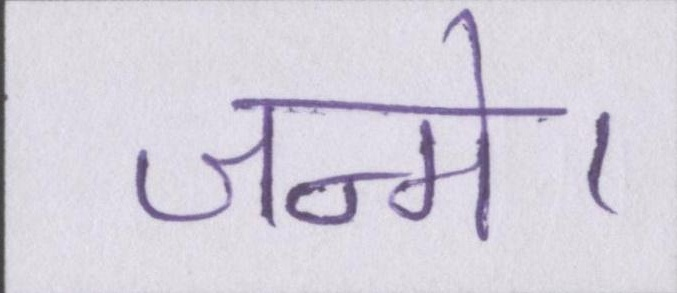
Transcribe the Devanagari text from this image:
जन्मे।